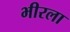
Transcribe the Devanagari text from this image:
भीरला